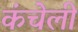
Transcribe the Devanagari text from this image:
कंचेली